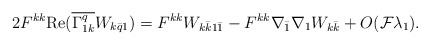
\begin{align*}\begin{aligned} 2F^{kk}\mathrm{Re}(\overline{\Gamma^q_{1k}}W_{k\bar q1}) &= F^{kk}W_{k\bar k1\bar 1} -F^{kk} \nabla_{\bar 1}\nabla_1 W_{k\bar k} +O(\mathcal{F}\lambda_1).\end{aligned}\end{align*}